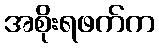
အစိုးရဖက်က